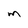
Character: M